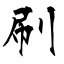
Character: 刷